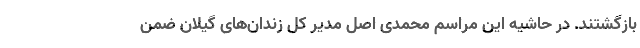
بازگشتند. در حاشیه این مراسم محمدی اصل مدیر کل زندان‌های گیلان ضمن